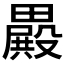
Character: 𣫕